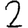
Digit: 2